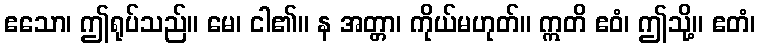
ဧသော၊ ဤရုပ်သည်။ မေ၊ ငါ၏။ န အတ္တာ၊ ကိုယ်မဟုတ်။ ဣတိ ဧဝံ၊ ဤသို့။ ဧတံ၊